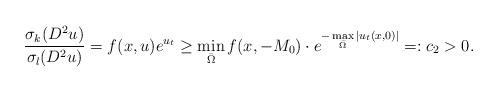
LaTeX: \begin{align*} \frac{\sigma_k(D^2u)}{\sigma_l(D^2 u)} = f(x,u)e^{u_t} \ge \min\limits_{\bar\Omega}f(x,-M_0) \cdot e^{-\max\limits_{\bar\Omega}|u_t(x,0)|}=:c_2>0.\end{align*}